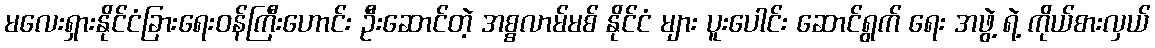
မလေးရှားနိုင်ငံခြားရေးဝန်ကြီးဟောင်း ဦးဆောင်တဲ့ အစ္စလာမ်မစ် နိုင်ငံ များ ပူးပေါင်း ဆောင်ရွက် ရေး အဖွဲ့ ရဲ့ ကိုယ်စားလှယ်